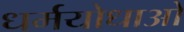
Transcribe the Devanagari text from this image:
धर्मयोधाओ